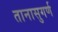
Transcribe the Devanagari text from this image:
तानासुगर्ण